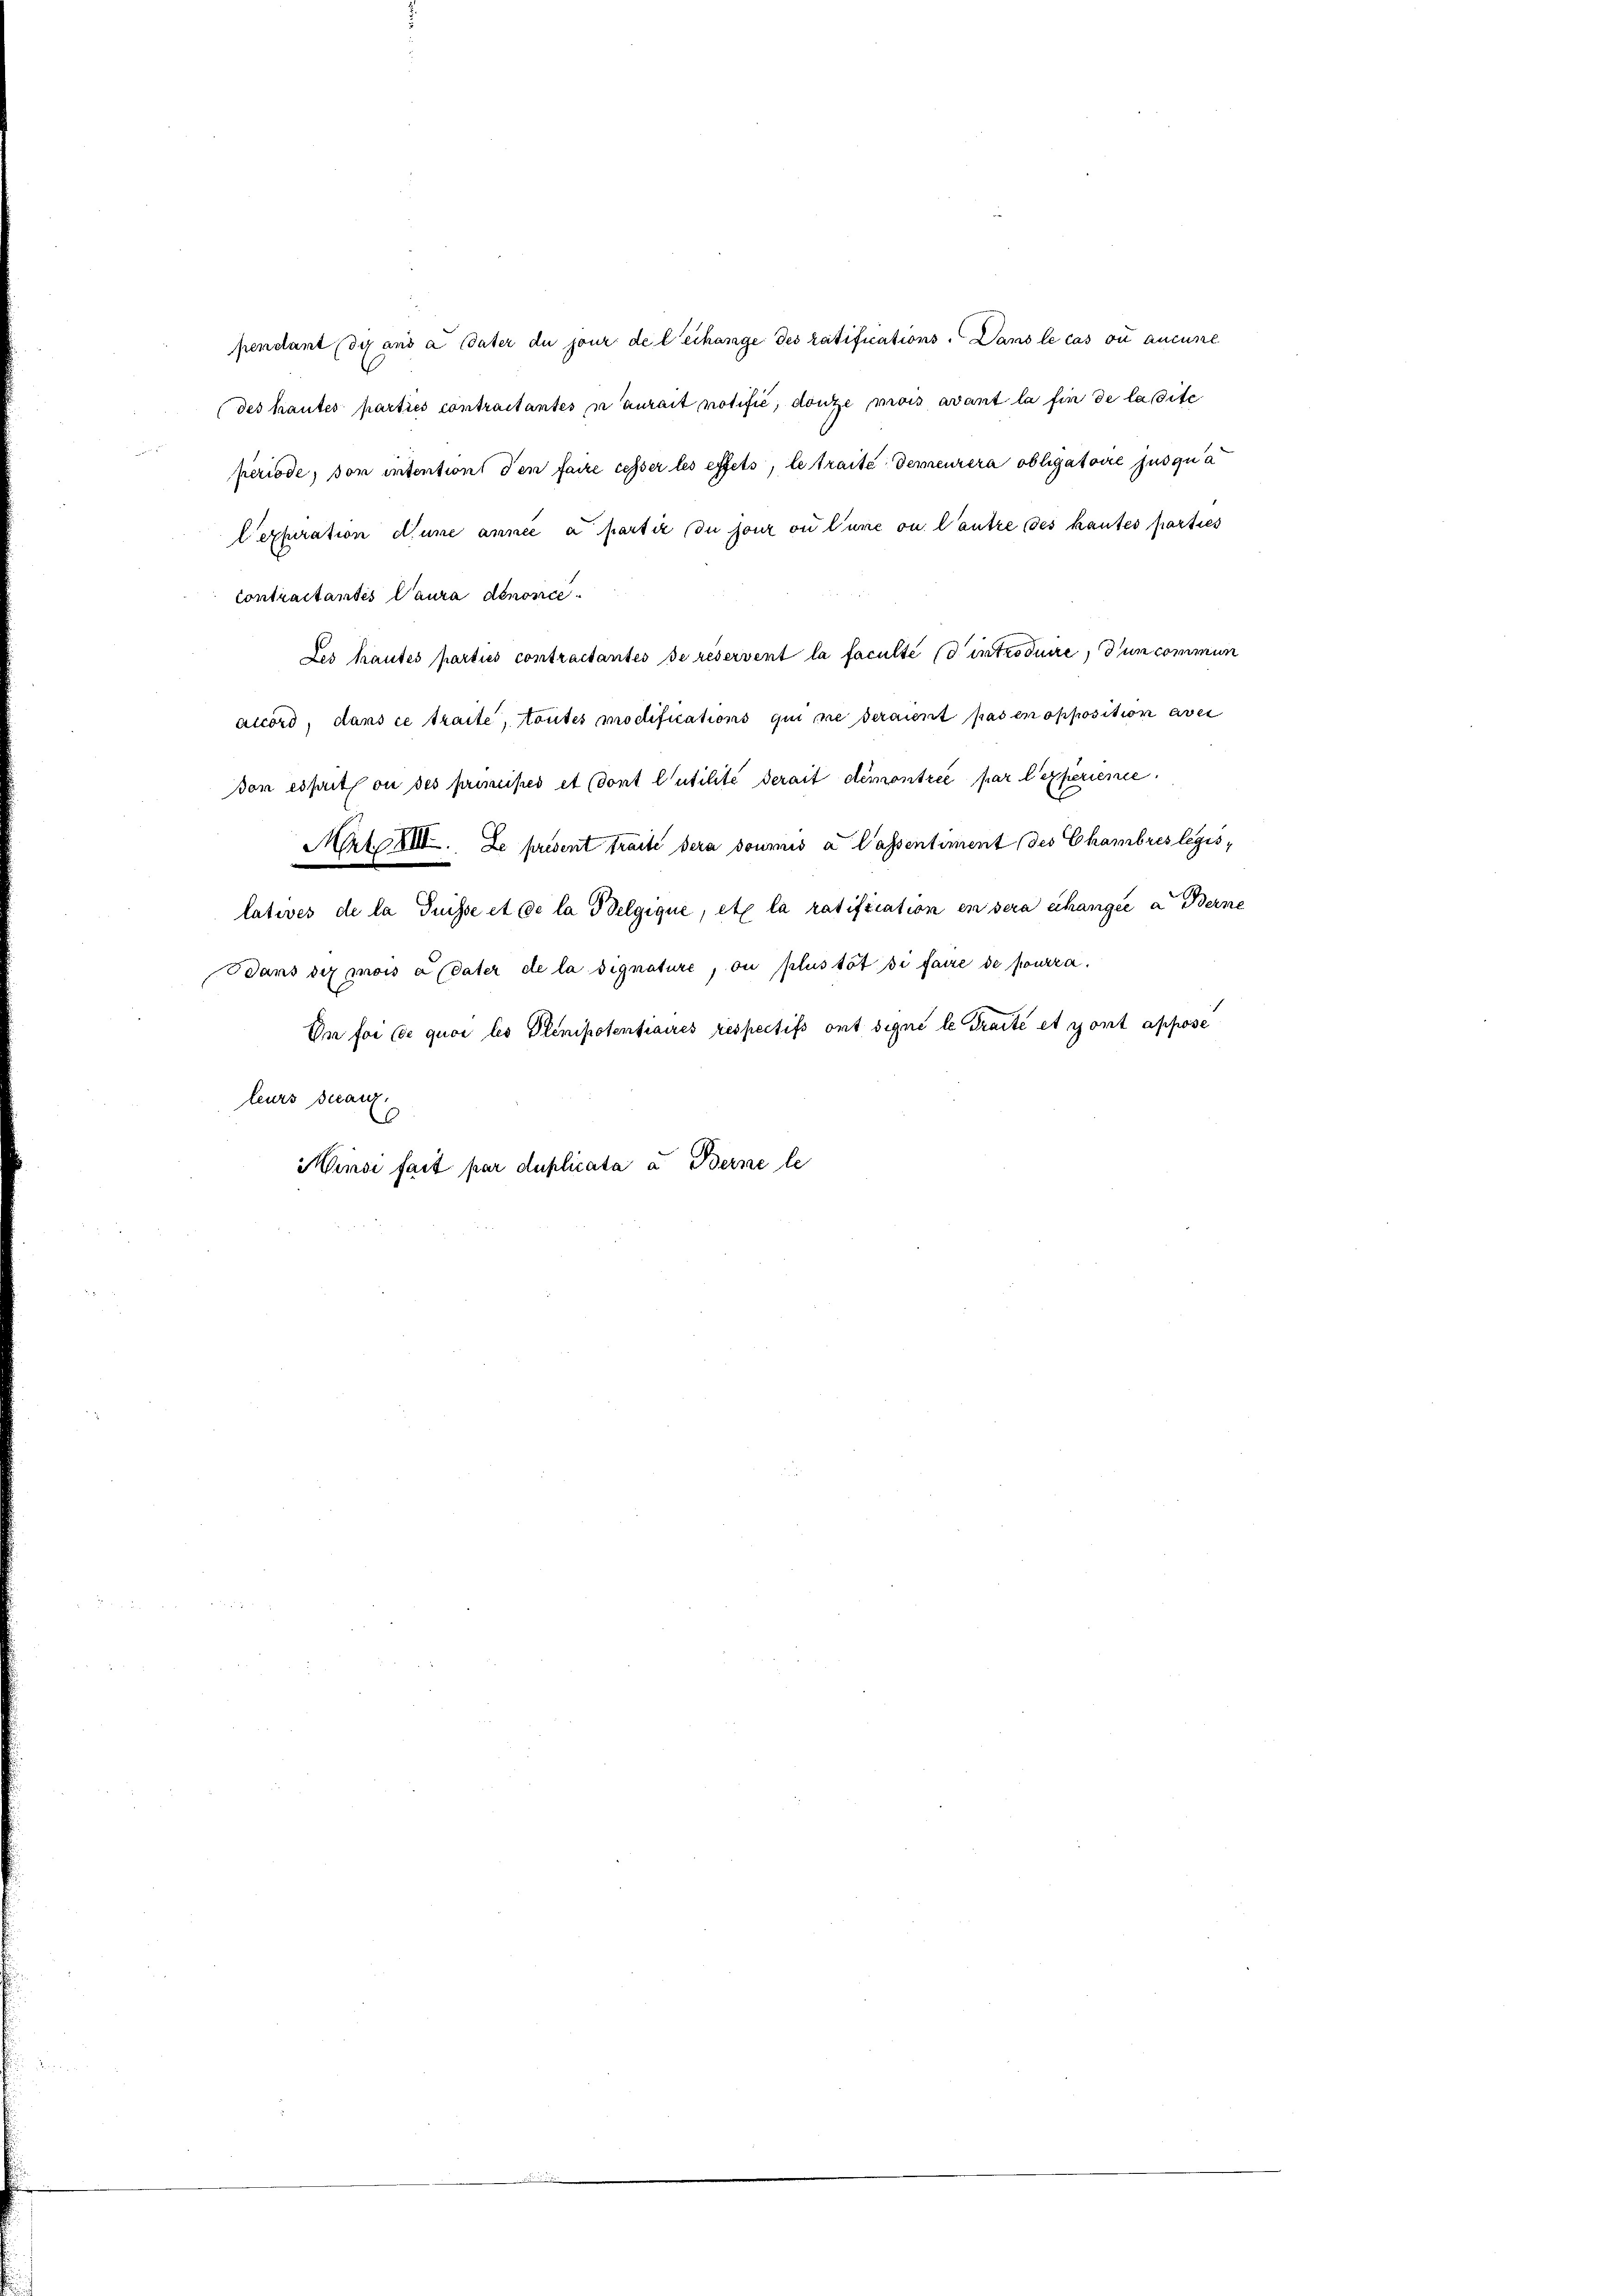
pendant dix ans a Vater du jour de leihange des ratifications. Dans le cas ou aucune
(des hautes parties contraitantes ni aurait notifić, douze, mois avant la fin de lassite
periode, von intention den faire cesser les effets, le traite demeurera obligatoire jusqua
lexferation d’une année a partie du jour ou l’une ou l’autre des hautes parties
Contractantes Caura dénonce
Les hautes parties contractantes se réservent la faculté d introduire, dum commun
accord, dans ce traite, toutes modifications qui ne deraient pas en opposition aber
don esseit ou des primises et dont l’utilité derait demontrée par l’experience
Art III. Le présent traite dera soumis a Cassentiment (des Chambres legislatives de la Puisse et de la Belgique, etc la ratification en sera erhangée a Berne
Bans de mois a Pater de la signature, ou plus tot si faire de pourra
In for (le quoi les Plinipotentiaires respectifs ont signé le draité et sont appose
leurs seearz
Minse fait par duplicata a Berne le